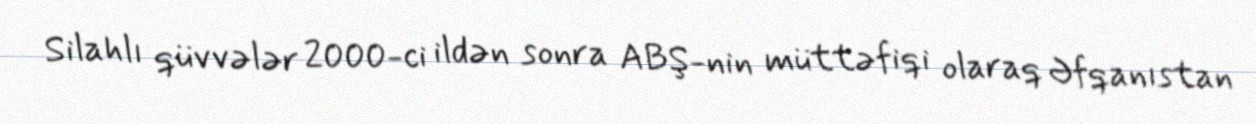
Silahlı qüvvələr 2000-ci ildən sonra ABŞ-nin müttəfiqi olaraq Əfqanıstan